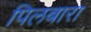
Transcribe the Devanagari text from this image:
पिलबारा